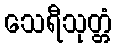
သေရီသုတ္တံ